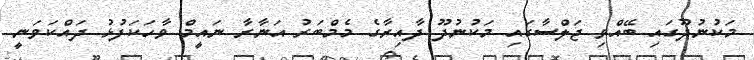
މަކުނުދޫގައި ބޭއްވި ޖަލްސާގައި މަކުނުދޫ ދާއިރާގެ މެމްބަރު އަނާރާ ނައީމް ވާހަކަފުޅު ދައްކަވަނީ